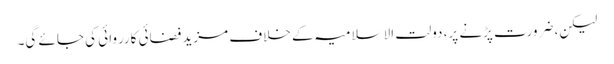
لیکن، ضرورت پڑنے پر، دولت الاسلامیہ کے خلاف مزید فضائی کارروائی کی جائے گی۔